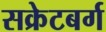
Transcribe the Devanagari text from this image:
सक्रेटबर्ग